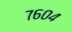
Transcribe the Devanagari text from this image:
७६०४